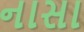
નાસા